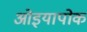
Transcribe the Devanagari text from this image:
ओइयापोक